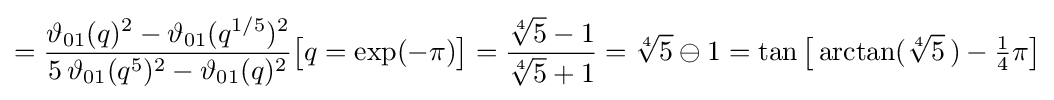
={\frac {\vartheta _{01}(q)^{2}-\vartheta _{01}(q^{1/5})^{2}}{5\,\vartheta _{01}(q^{5})^{2}-\vartheta _{01}(q)^{2}}}{\bigl [}q=\exp(-\pi ){\bigr ]}={\frac {{\sqrt[{4}]{5}}-1}{{\sqrt[{4}]{5}}+1}}={\sqrt[{4}]{5}}\ominus 1=\tan {\bigl [}\arctan({\sqrt[{4}]{5}}\,)-{\tfrac {1}{4}}\pi {\bigr ]}